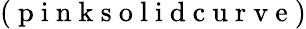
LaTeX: (\mathrm{~p~i~n~k~s~o~l~i~d~c~u~r~v~e~})